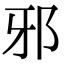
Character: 邪